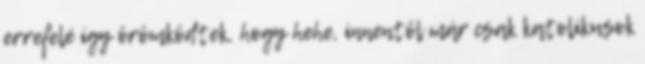
errefelé így örömködtek, hogy hehe, innentől már csak katolikusok